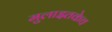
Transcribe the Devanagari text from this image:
मुलाइतकेच